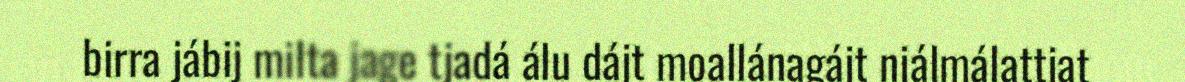
birra jábij milta jage tjadá álu dájt moallánagájt njálmálattjat